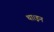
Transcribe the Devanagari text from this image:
था।इन